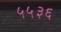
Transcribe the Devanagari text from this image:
५५३६